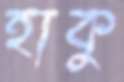
হাকু